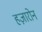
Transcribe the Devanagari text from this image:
हज़ारोन